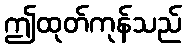
ဤထုတ်ကုန်သည်